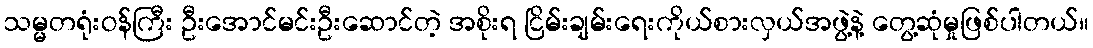
သမ္မတရုံးဝန်ကြီး ဦးအောင်မင်းဦးဆောင်တဲ့ အစိုးရ ငြိမ်းချမ်းရေးကိုယ်စားလှယ်အဖွဲ့နဲ့ တွေ့ဆုံမှုဖြစ်ပါတယ်။